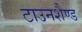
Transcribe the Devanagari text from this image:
टाउनशैण्ड